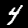
Label: 4